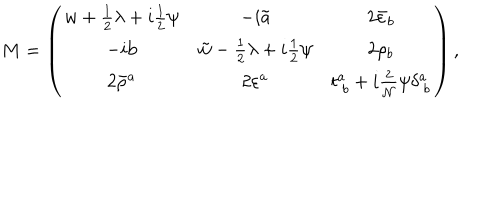
\displaystyle { M = \left( \begin{array} { c c c } { { w + \textstyle { \frac { 1 } { 2 } } \lambda + i \textstyle { \frac { 1 } { 2 } } \psi } } & { { - i \tilde { \mathrm { a } } } } & { { 2 \bar { \varepsilon } _ { b } } } \\ { { - i \mathrm { b } } } & { { \tilde { w } - { \textstyle \frac { 1 } { 2 } } \lambda + i \textstyle { \frac { 1 } { 2 } } \psi } } & { { 2 \rho _ { b } } } \\ { { 2 \bar { \rho } ^ { a } } } & { { 2 \varepsilon ^ { a } } } & { { t _ { ~ b } ^ { a } + i \frac { 2 } { { \cal N } } \psi \delta _ { ~ b } ^ { a } } } \\ \end{array} \right) } \, ,